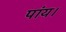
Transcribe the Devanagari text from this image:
पांय।